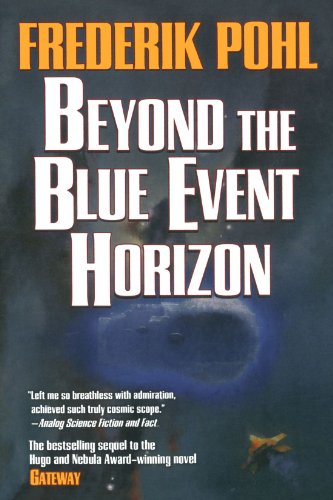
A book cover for Beyond the Blue Event Horizon (Heechee); Frederik Pohl; Science Fiction & Fantasy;